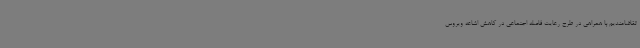
تقاضامندیم با همراهی در طرح رعایت فاصله اجتماعی در کاهش اشاعه ویروس